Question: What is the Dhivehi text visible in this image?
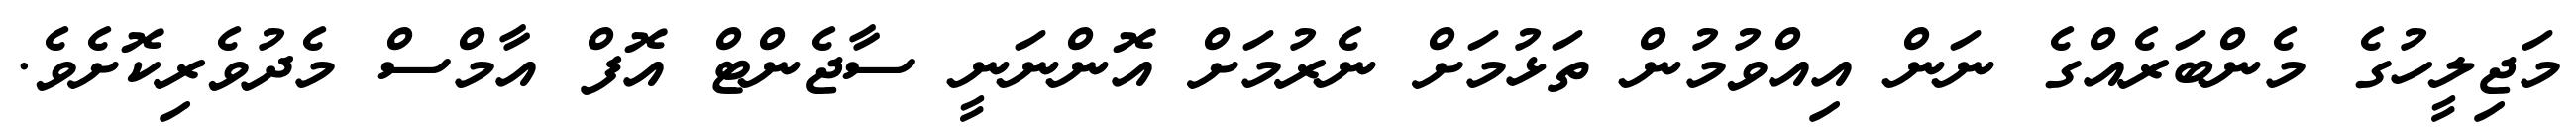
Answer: މަޖިލީހުގެ މެންބަރެއްގެ ނަން އިއްވުމުން ތަޅުމަށް ނެރުމަށް އޮންނަނީ ސާޖެންޓް އޮފް އާމްސް މެދުވެރިކޮށެވެ.